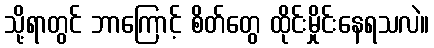
သို့ရာတွင် ဘာကြောင့် စိတ်တွေ ထိုင်းမှိုင်းနေရသလဲ။